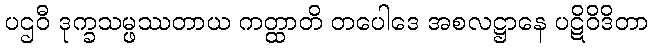
ပဌဝီ ဒုက္ခသမ္ဖဿတာယ ကတ္ထာတိ တပေါဒေ အစလဋ္ဌာနေ ပဋိဝိဒိတာ